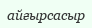
айғырсасыр